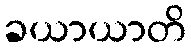
ခယာယာတိ